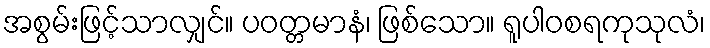
အစွမ်းဖြင့်သာလျှင်။ ပဝတ္တမာနံ၊ ဖြစ်သော။ ရူပါဝစရကုသုလံ၊